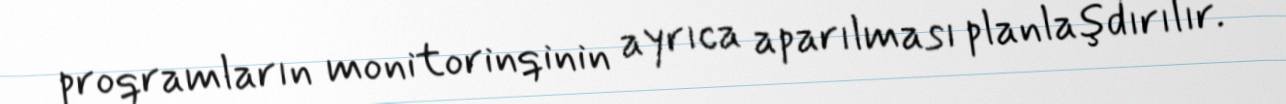
proqramların monitorinqinin ayrıca aparılması planlaşdırılır.